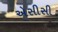
એસીસી